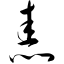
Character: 恚